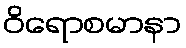
ဝိရောစမာနာ